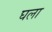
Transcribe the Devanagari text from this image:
घला